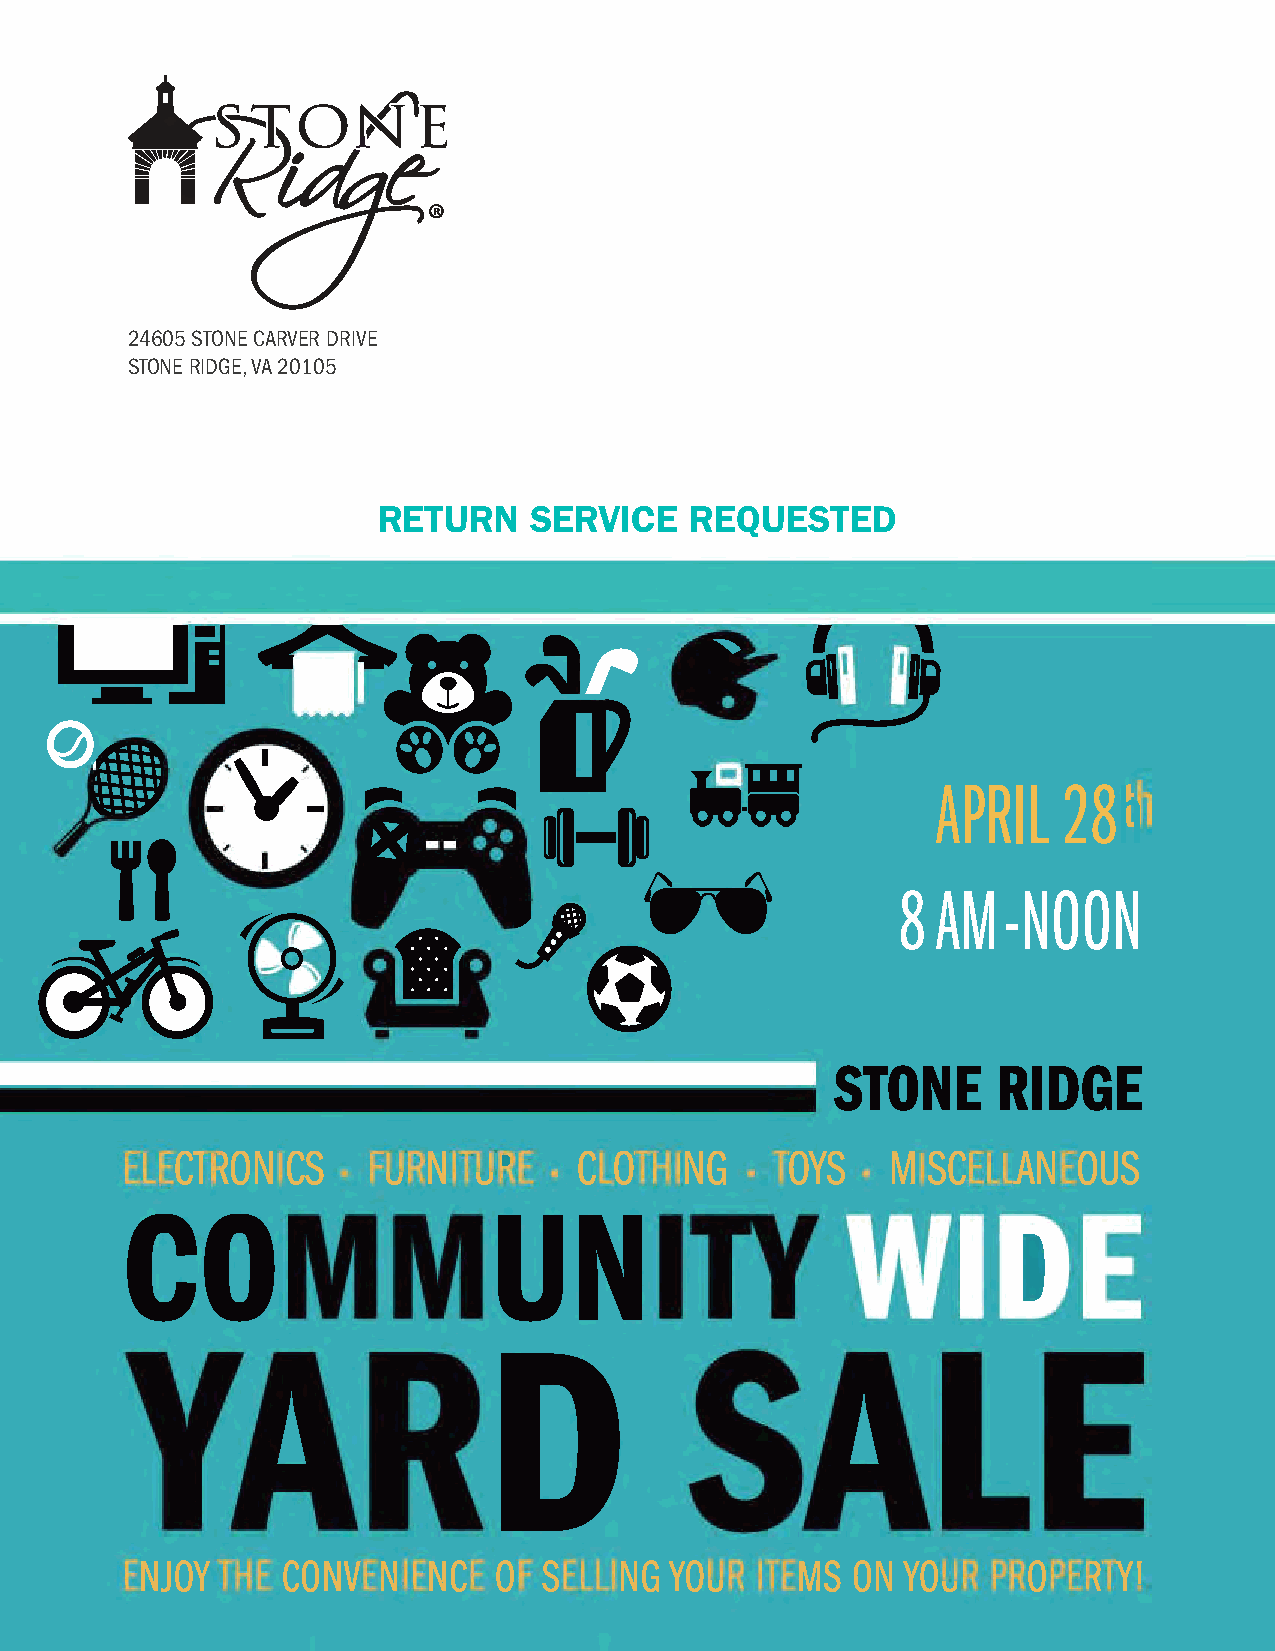
24605 STONE CARVER DRIVE
 STONE RIDGE, VA 20105
 RETURN    SERVICE    REQUESTED
 APRIL   28h
 8  AM-NOON
 STONE      RIDGE
 COMMUNITY